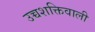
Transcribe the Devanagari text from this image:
उच्चशक्तिवाली